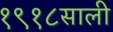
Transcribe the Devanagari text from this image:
१९१८साली